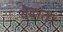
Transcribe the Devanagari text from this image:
वेदांत।